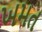
ખમત